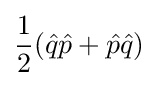
{\frac {1}{2}}({\hat {q}}{\hat {p}}+{\hat {p}}{\hat {q}})